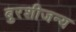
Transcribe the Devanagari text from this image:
बुरशीजन्य